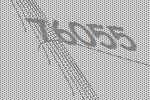
76055